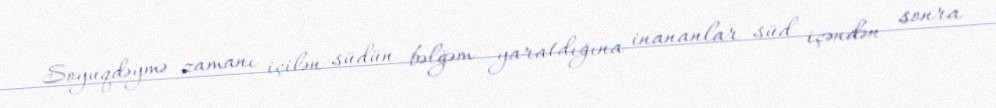
Soyuqdəymə zamanı içilən südün bəlğəm yaratdığına inananlar süd içəndən sonra